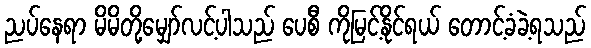
ညပ်နေရာ မိမိတို့မျှော်လင့်ပါသည် ပေစီ ကိုမြင့်နိုင်ရယ် တောင့်ခံခဲ့ရသည်